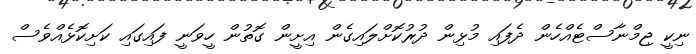
ނިކީ ޖިމްނާސްޓެއްހެން ދެފައި މުޅިން ދުރުކޮށްލައިގެން އިށީން ގޮތުން ހީވަނީ ފައިގައި ކަށިކޮޅެއްވެސް